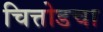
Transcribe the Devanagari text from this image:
चित्तोडचा